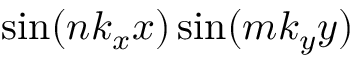
\sin ( n k _ { x } x ) \sin ( m k _ { y } y )